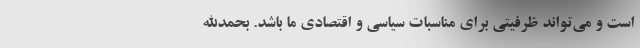
است و می‌تواند ظرفیتی برای مناسبات سیاسی و اقتصادی ما باشد. بحمدالله